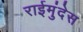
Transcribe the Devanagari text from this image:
राईमुंदेस